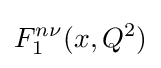
F_{1}^{n\nu }(x,Q^{2})